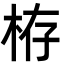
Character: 栫